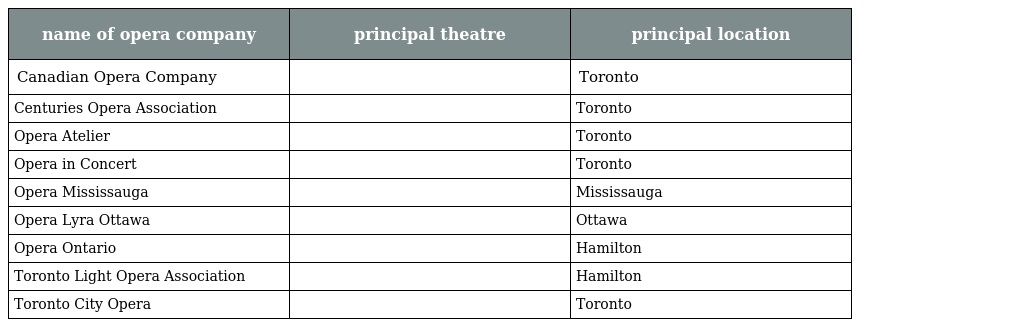
| name of opera company | principal theatre | principal location |
 | --- | --- | --- |
 | Canadian Opera Company |  | Toronto |
 | Centuries Opera Association |  | Toronto |
 | Opera Atelier |  | Toronto |
 | Opera in Concert |  | Toronto |
 | Opera Mississauga |  | Mississauga |
 | Opera Lyra Ottawa |  | Ottawa |
 | Opera Ontario |  | Hamilton |
 | Toronto Light Opera Association |  | Hamilton |
 | Toronto City Opera |  | Toronto |